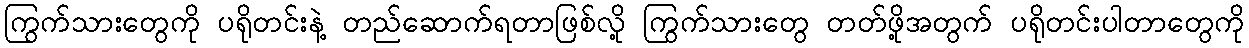
ကြွက်သားတွေကို ပရိုတင်းနဲ့ တည်ဆောက်ရတာဖြစ်လို့ ကြွက်သားတွေ တတ်ဖို့အတွက် ပရိုတင်းပါတာတွေကို